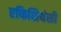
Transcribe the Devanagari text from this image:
एफिशियंसी